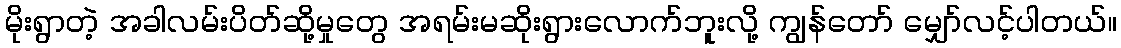
မိုးရွာတဲ့ အခါလမ်းပိတ်ဆို့မှုတွေ အရမ်းမဆိုးရွားလောက်ဘူးလို့ ကျွန်တော် မျှော်လင့်ပါတယ်။